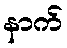
နာက်